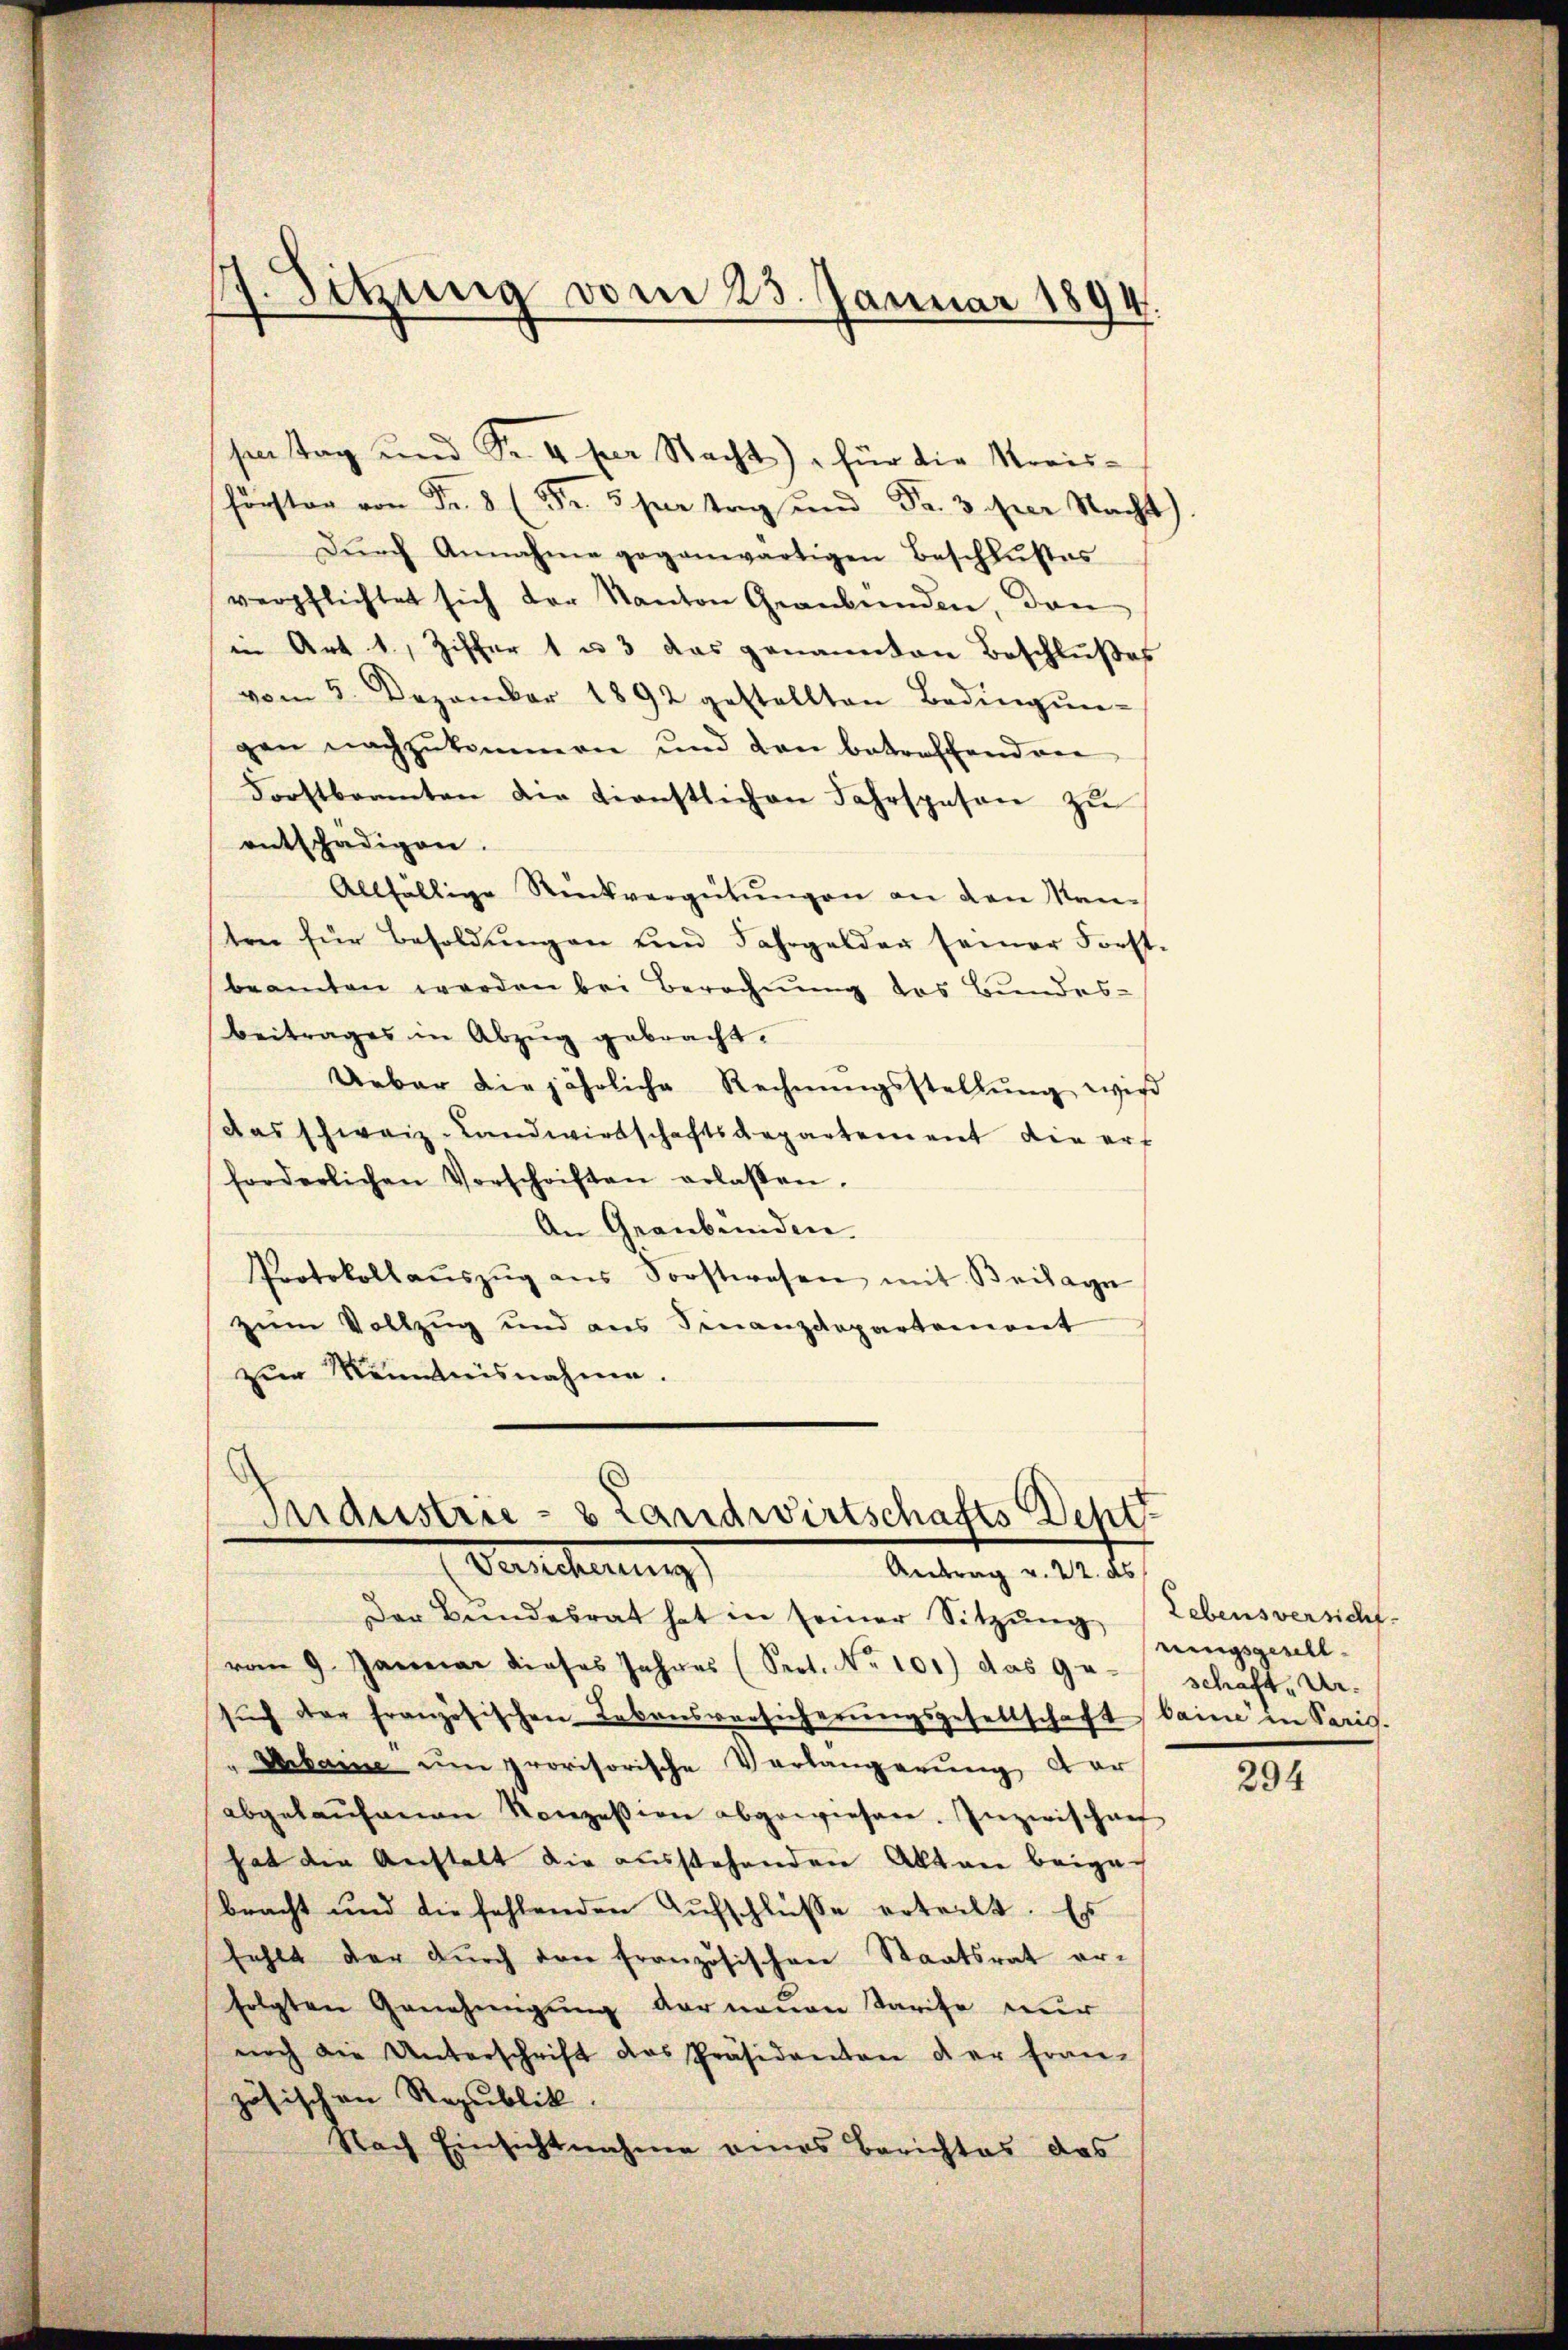
förster von Fr. 8 (Fr. 5 per tag und Fr. 3 per Nacht).
Dŭrch Annahme gegenwärtigen Beschlußes
verpflichtet sich der Kanton Graubünden, dan
in Art. 1, Ziffer 1 u. 3 das genannten Beschlußes
vom 5. Dezember 1892 gestellten Bedingŭn-
gen nachzukommen und den betroffend ver
Forstbeamten die tienstlichen Fahrspesen zŭ
entschädigen.
Allfällige Rückvergütŭngen an den Manten für Besoldŭngen und Fahrgelder seiner Forst-
beamten werden bei Berechnung das Bundesbeitrages in Abzŭg gebracht.
Ueber die jährliche Rechnungsstellung wird
das schweiz. Landwirtschaftsdepartement die erf
forderlichen Vorschriften erlassen.
An Graubünden.
Protokollaŭszŭg ans Sorstwesen mit Beilayn
zum Vollzug und ans Finanzdepartement
zur Kenntnisnahme.

17. Sitzung vom 23. Januar 1894.

sen tag und Fr. 4 per Nacht), für die Kreis¬

Industrie- & Landwirtschafts Dehtt
Dencherung
Antrag v. 22. ds

Der Bundesrat hat in seiner Sitzŭng
vom 9. Januar dieses Jahres (Sept. No 101) das Ge
sŭch der französischen Lebensversicherŭngsgesellschaft baine in Paris.
"Arbaine um provisorische Verlängerung der
abgelaŭfenen Konzession abgewiesen. Inzwischen
hat die Anstalt die ausstehenden Alten beigebracht und die fehlenden Aŭfschlüsse erteilt. Es
fehlt der dŭrch den französischen Staatsrat er-
folgten Genehmigŭng der neuen Tarife nur
noch die Unterschrift das Präsidanton der fran-
zösischen Republick.
Nach Einsichtnahme eines Berichtes das

Lebensversicht
rungsgeschl
schaft Ur¬

294